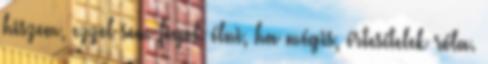
hiszem, ezzel sem fogok élni, ha mégis, értesí­telek róla.